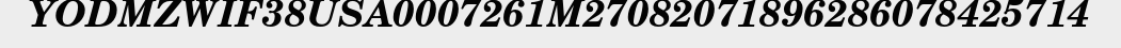
YODMZWIF38USA0007261M27082071896286078425714